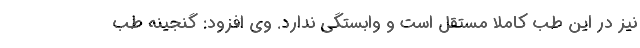
نیز در این طب کاملاً مستقل است و وابستگی ندارد. وی افزود: گنجینه طب